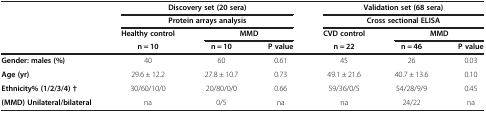
<table><thead><tr><td rowspan="3"><b> </b></td><td colspan="3"><b>Discovery set (20 sera)</b></td><td colspan="3"><b>Validation set (68 sera)</b></td></tr><tr><td colspan="3"><b>Protein arrays analysis</b></td><td colspan="3"><b>Cross sectional ELISA</b></td></tr><tr><td><b>Healthy control</b></td><td colspan="2"><b>MMD</b></td><td><b>CVD control</b></td><td colspan="2"><b>MMD</b></td></tr><tr><td><b> </b></td><td><b>n = 10</b></td><td><b>n = 10</b></td><td><b>P value</b></td><td><b>n = 22</b></td><td><b>n = 46</b></td><td><b>P value</b></td></tr></thead><tbody><tr><td><b>Gender: males (%)</b></td><td>40</td><td>60</td><td>0.61</td><td>45</td><td>26</td><td>0.03</td></tr><tr><td><b>Age (yr)</b></td><td>29.6 ± 12.2</td><td>27.8 ± 10.7</td><td>0.73</td><td>49.1 ± 21.6</td><td>40.7 ± 13.6</td><td>0.10</td></tr><tr><td><b>Ethnicity% (1/2/3/4) †</b></td><td>30/60/10/0</td><td>20/80/0/0</td><td>0.66</td><td>59/36/0/5</td><td>54/28/9/9</td><td>0.45</td></tr><tr><td><b>(MMD) Unilateral/bilateral</b></td><td>na</td><td>0/5</td><td>na</td><td>na</td><td>24/22</td><td>na</td></tr></tbody></table>